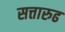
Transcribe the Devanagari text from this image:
सत्तारुढ